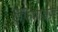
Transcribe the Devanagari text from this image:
ऐंफ़िपाड्ज़